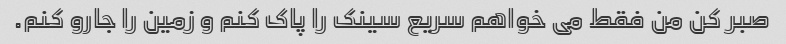
صبر کن من فقط می خواهم سریع سینک را پاک کنم و زمین را جارو کنم.